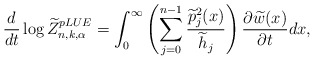
\begin{align*}\frac{d}{dt} \log \widetilde{Z}_{n,k,\alpha}^{pLUE} = \int_0^\infty \left(\sum_{j=0}^{n-1} \frac{\widetilde{p}_j^2(x)}{\widetilde{h}_j}\right)\frac{\partial \widetilde{w}(x)}{\partial t} dx, \end{align*}